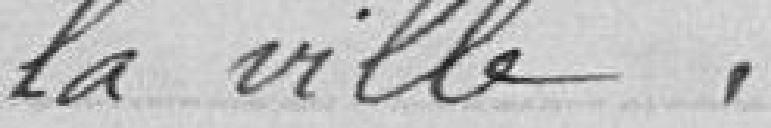
la ville,